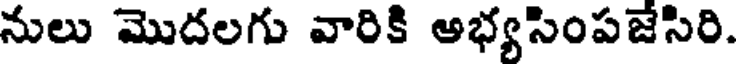
నులు మొదలగు వారికి అభ్యసింపజేసిరి.